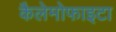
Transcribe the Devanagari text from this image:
कैलेमोफाइटा